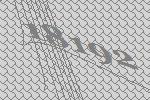
18192